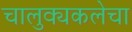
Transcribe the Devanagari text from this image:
चालुक्यकलेचा